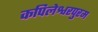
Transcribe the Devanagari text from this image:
कपिलेश्वरपुरम